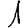
Digit: 1